King Institute of Preventive Medicine Micro-Biological Section reports 1912-19
Year: 1912
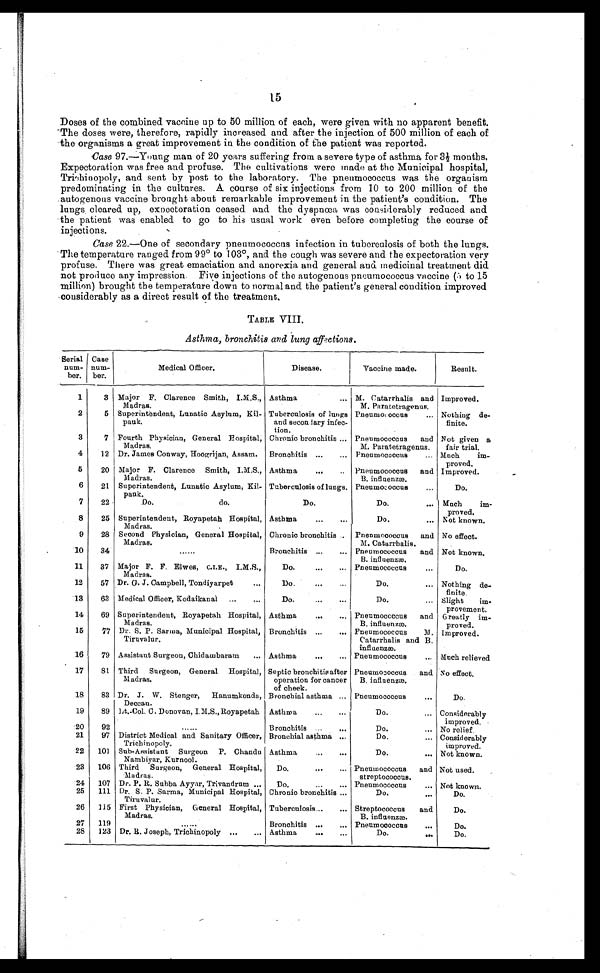
15
Doses of the combined vaccine up to 50 million of each, were given with no apparent benefit.
The doses were, therefore, rapidly increased and after the injection of 500 million of each of
the organisms a great improvement in the condition of the patient was reported.
Case 97.—Young man of 20 years suffering from a severe type of asthma for 3½ months.
Expectoration was free and profuse. The cultivations were made at the Municipal hospital,
Trihinopoly, and sent by post to the laboratory. The pneumococcus was the organism
predominating in the cultures. A course of six injections from 10 to 200 million of the
autogenous vaccine brought about remarkable improvement in the patient's condition. The
lungs cleared up, expectoration ceased and the dyspnœa was considerably reduced and
the patient was enabled to go to his usual work even before completing the course of
injections.
Case 22.—One of secondary pneumococcus infection in tuberculosis of both the lungs.
The temperature ranged from 99° to 103°, and the cough was severe and the expectoration very
profuse. There was great emaciation and anorexia and general and medicinal treatment did
not produce any impression. Five injections of the autogenous pneumococcus vaccine (5 to 15
million) brought the temperature down to normal and the patient's general condition improved
considerably as a direct result of the treatment.
TABLE VIII.
Asthma, bronchitis and lung affections.
Serial
num-
ber.
Case
num-
ber.
Medical Officer.
Disease.
Vaccine made.
Result.
1
3
Major F. Clarence Smith, I.M.S.,
Madras.
Asthma . . .
M. Catarrhalis and
M. Paratetragenus.
Improved.
2
5
Superintendent, Lunatic Asylum, Kil-
pauk.
Tuberculosis of lungs
and secondary infec-
tion.
Pneumococcus . . .
Nothing de
-finite.
3
7
Fourth Physician, General Hospital,
Madras.
Chronic bronchitis . . .
Pneumococcus and
M. Paratetragenus.
Not given a
fair trial.
4
12
Dr. James Conway, Hoogrijan, Assam.
Bronchitis . . .
Pneumococcus . . .
Much im
-proved.
5
20
Major F. Clarence Smith, I.M.S.,
Madras.
Asthma . . .
Pneumococcus and
B. influenzæ.
Improved.
6
21
Superintendent, Lunatic Asylum, Kil
-pauk.
Tuberculosis of lungs.
Pneumococcus . . .
Do.
7
22
Do. do.
Do.
Do. . . .
Much im-proved.
8
25
Superintendent, Royapetah Hospital,
Madras.
Asthma . . .
Do. . . .
Not known.
9
28
Second Physician, General Hospital,
Madras.
Chronic bronchitis . . .
Pnenmococcus and
M. Catarrhalis.
No effect.
10
34
. . .
Bronchitis . . .
Pneumococcus and
B. influenzæ.
Not known.
11
37
Major F. F. Elwes, C.I.E., I.M.S.,
Madras.
Do.
. . .
Pneumococcus . . .
Do.
12
57
Dr. G. J. Campbell, Tondiyarpet . . .
Do. . . .
Do. . . .
Nothing de
-finite
13
63
Medical Officer, Kodaikanal . . .
Do. . . .
Do. . . .
Slight im
-provement.
14
69
Superintendent, Royapetah Hospital,
Madras.
Asthma . . .
Pneumococcus and
B. influenzæ.
Greatly im
-proved.
15
77
Dr. S. P. Sarina, Municipal Hospital,
Tiruvalur.
Bronchitis . . .
Pneumococcus M.
Catarrhalis and B.
influenzæ.
Improved.
16
79
Assistant Surgeon, Chidambaram . . .
Asthma . . .
Pneumococcus . . .
Much relieved
17
81
Third Surgeon, General Hospital,
Madras.
Septic bronchitis after
operation for cancer
of cheek.
Pneumococcus and
B. influenzæ.
No effect.
18
83 Dr. J. W. Stenger, Hanumkonda,
Deccan.
Bronchial asthma . . .
Pneumococcus
. . .
Do.
19
89
Lt.-Col. C. Donovan, I.M.S., Royapetah
Asthma . . .
Do. . . .
Considerably
improved.
20
92
. . .
Bronchitis . . .
Do. . . .
No relief.
21
97
District Medical and Sanitary Officer,
Trichinopoly.
Bronchial asthma . . .
Do. . . .
Considerably
improved.
22
101
Sub-Assistant Surgeon P. Chandu
Nambiyar, Kurnool.
Asthma . . .
Do. . . .
Not known.
23
106
Third Surgeon, General Hospital,
Madras.
Do. . . . Pneumococcus and
streptococcus.
Not used.
24
107
Dr. P. R. Subba Ayyar, Trivandrum . . .
Do. . . . Pneumococcus . . . Not known.
25
111
Dr. S. P. Sarma, Municipal Hospital,
Tiruvalur.
Chronic bronchitis . . .
Do. . . . Do.
26
115
First Physician, General Hospital,
Madras.
Tuberculosis . . .
Streptococcus and
B. influenzæ.
Do.
27
119
. . .
Bronchitis . . .
Pneumococcus
. . .
Do.
28
123
Dr. R. Joseph, Trichinopoly . . .
Asthma . . .
Do. . . .
Do.